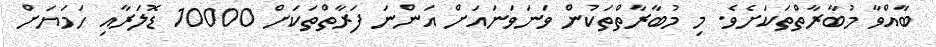
ބާއްވާ މުބާރާތްތަކަށެވެ. މި މުބާރާތްތަކުން ވަނަވަނައަށް އަންނަ ފަރާތްތަކަށް 10000 ޑޮލަރާއި ހަމަޔަށް